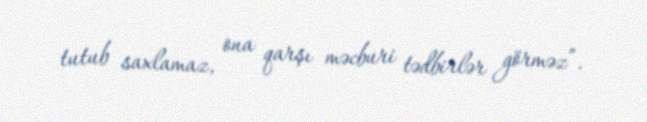
tutub saxlamaz, ona qarşı məcburi tədbirlər görməz”.